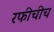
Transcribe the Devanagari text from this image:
रफीचीच